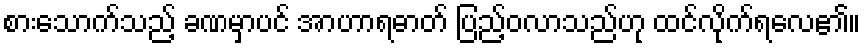
စားသောက်သည့် ခဏမှာပင် အာဟာရဓာတ် ပြည့်ဝလာသည်ဟု ထင်လိုက်ရလေ၏။